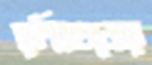
রশ্মিগুলোর